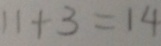
1 1 + 3 = 1 4